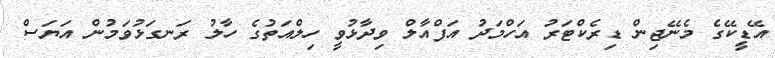
އޭޑީކޭގެ މެނޭޖިން ޑިރެކްޓަރު އަހްމަދު އަފްއާލް ވިދާޅުވީ ހިލްއަތުގެ ހާލު ރަނގަޅުވަމުން އަޔަސް